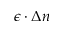
\epsilon \cdot \Delta n